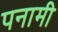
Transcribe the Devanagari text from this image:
पनामी